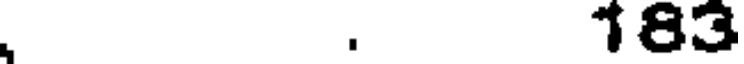
. 183